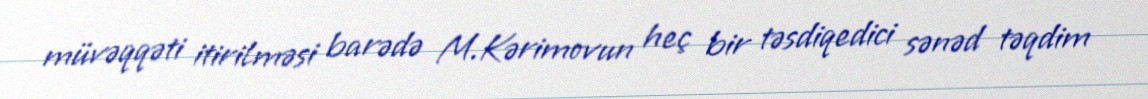
müvəqqəti itirilməsi barədə M.Kərimovun heç bir təsdiqedici sənəd təqdim